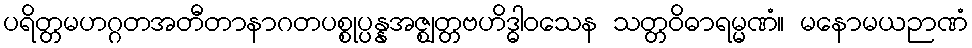
ပရိတ္တမဟဂ္ဂတအတီတာနာဂတပစ္စုပ္ပန္နအဇ္ဈတ္တဗဟိဒ္ဓါဝသေန သတ္တဝိဓာရမ္မဏံ။ မနောမယဉာဏံ